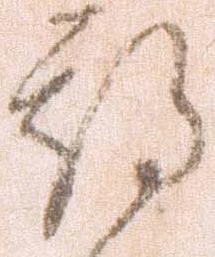
期